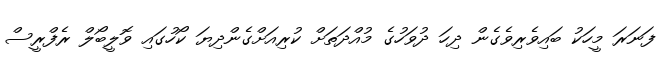
ފަނަރަ މީހަކު ބައިވެރިވެގެން ދިހަ ދުވަހުގެ މުއްދަތަށް ކުރިއަށްގެންދިޔަ ކޯހުގައި ވޮލީބޯލް ރެފްރީސް